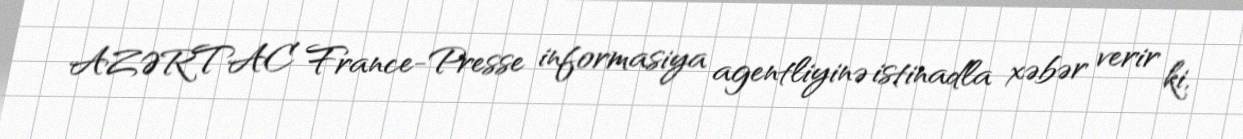
AZƏRTAC France-Presse informasiya agentliyinə istinadla xəbər verir ki,